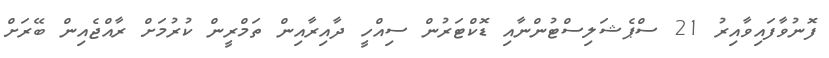
ފޮނުވާފައިވާއިރު 21 ސްޕެޝަލިސްޓުންނާއި ޑޮކްޓަރުން ސިއްހީ ދާއިރާއިން ތަމްރީން ކުރުމަށް ރާއްޖެއިން ބޭރަށް